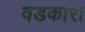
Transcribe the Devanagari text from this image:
वडकारा